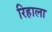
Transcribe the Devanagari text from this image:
रिहाला